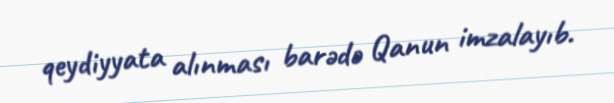
qeydiyyata alınması barədə Qanun imzalayıb.